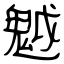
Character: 魆